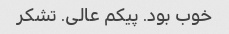
خوب بود. پیکم عالی. تشکر